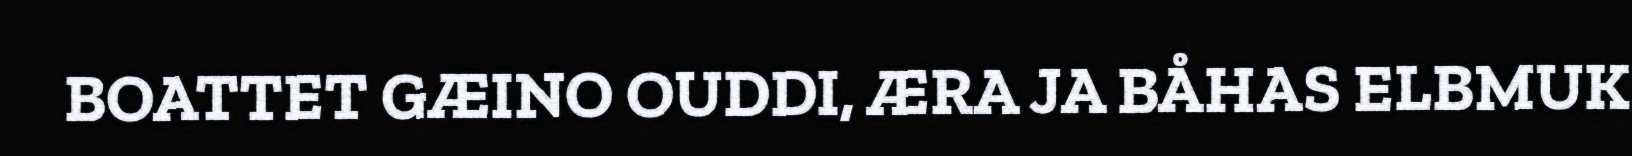
BOATTET GÆINO OUDDI, ÆRA JA BÅHAS ELBMUK